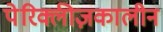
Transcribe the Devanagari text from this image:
पेरिक्लीज़कालीन